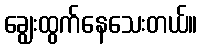
ချွေးထွက်နေသေးတယ်။